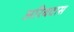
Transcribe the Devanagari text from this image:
अरिबदास